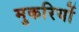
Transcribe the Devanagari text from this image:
मुकरियों